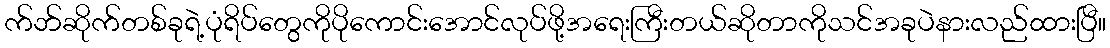
က်ဘ်ဆိုက်တစ်ခုရဲ့ပုံရိပ်တွေကိုပိုကောင်းအောင်လုပ်ဖို့အရေးကြီးတယ်ဆိုတာကိုသင်အခုပဲနားလည်ထားပြီ။